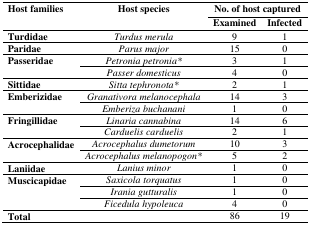
<table><thead><tr><td rowspan="2"><b>Host families</b></td><td rowspan="2"><b>Host species</b></td><td colspan="2"><b>No. of host captured</b></td></tr><tr><td><b>Examined</b></td><td><b>Infected</b></td></tr></thead><tbody><tr><td><b>Turdidae</b></td><td><i>Turdus merula</i></td><td>9</td><td>1</td></tr><tr><td><b>Paridae</b></td><td><i>Parus major</i></td><td>15</td><td>0</td></tr><tr><td rowspan="2"><b>Passeridae</b></td><td><i>Petronia petronia*</i></td><td>3</td><td>1</td></tr><tr><td><i>Passer domesticus</i></td><td>4</td><td>0</td></tr><tr><td><b>Sittidae</b></td><td><i>Sitta tephronota*</i></td><td>2</td><td>1</td></tr><tr><td rowspan="2"><b>Emberizidae</b></td><td><i>Granativora melanocephala</i></td><td>14</td><td>3</td></tr><tr><td><i>Emberiza buchanani</i></td><td>1</td><td>0</td></tr><tr><td rowspan="2"><b>Fringillidae</b></td><td><i>Linaria cannabina</i></td><td>14</td><td>6</td></tr><tr><td><i>Carduelis carduelis</i></td><td>2</td><td>1</td></tr><tr><td rowspan="2"><b>Acrocephalidae</b></td><td><i>Acrocephalus dumetorum</i></td><td>10</td><td>3</td></tr><tr><td><i>Acrocephalus melanopogon*</i></td><td>5</td><td>2</td></tr><tr><td><b>Laniidae</b></td><td><i>Lanius minor</i></td><td>1</td><td>0</td></tr><tr><td rowspan="3"><b>Muscicapidae</b></td><td><i>Saxicola torquatus</i></td><td>1</td><td>0</td></tr><tr><td><i>Irania gutturalis</i></td><td>1</td><td>0</td></tr><tr><td><i>Ficedula hypoleuca</i></td><td>4</td><td>0</td></tr><tr><td><b>Total</b></td><td></td><td>86</td><td>19</td></tr></tbody></table>